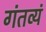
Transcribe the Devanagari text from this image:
गंतव्यं